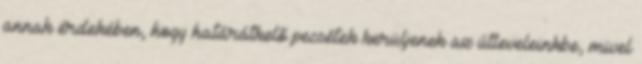
annak érdekében, hogy határátkelõ pecsétek kerüljenek az útleveleinkbe, mivel